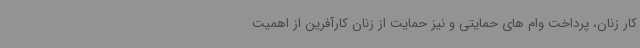
کار زنان، پرداخت وام های حمایتی و نیز حمایت از زنان کارآفرین از اهمیت